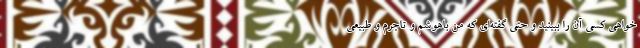
‌خواهی کسی آن را ببینید و حتی گفته‌ای که من باهوشم و تاجرم و طبیعی